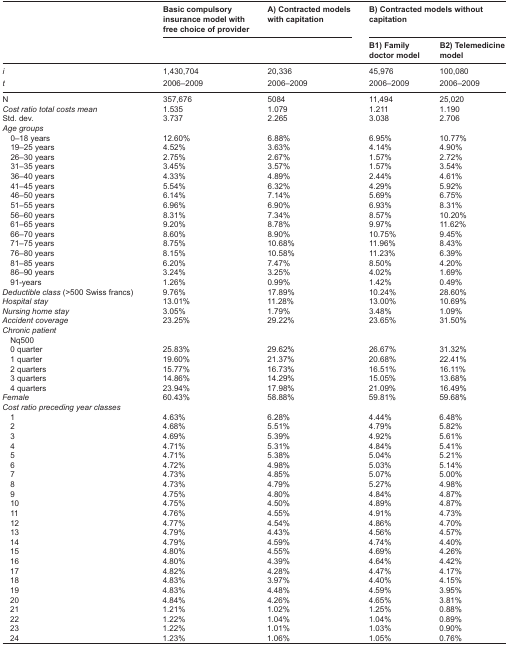
<table><thead><tr><td></td><td><b>Basic compulsory insurance model with free choice of provider</b></td><td><b>A) Contracted models with capitation</b></td><td colspan="2"><b>B) Contracted models without capitation</b></td></tr><tr><td></td><td></td><td></td><td><b>B1) Family doctor model</b></td><td><b>B2) Telemedicine model</b></td></tr></thead><tbody><tr><td><i>i</i></td><td>1,430,704</td><td>20,336</td><td>45,976</td><td>100,080</td></tr><tr><td><i>t</i></td><td>2006–2009</td><td>2006–2009</td><td>2006–2009</td><td>2006–2009</td></tr><tr><td>N</td><td>357,676</td><td>5084</td><td>11,494</td><td>25,020</td></tr><tr><td><i>Cost ratio total costs mean</i></td><td>1.535</td><td>1.079</td><td>1.211</td><td>1.190</td></tr><tr><td>Std. dev.</td><td>3.737</td><td>2.265</td><td>3.038</td><td>2.706</td></tr><tr><td><i>Age groups</i></td><td></td><td></td><td></td><td></td></tr><tr><td> 0–18 years</td><td>12.60%</td><td>6.88%</td><td>6.95%</td><td>10.77%</td></tr><tr><td> 19–25 years</td><td>4.52%</td><td>3.63%</td><td>4.14%</td><td>4.90%</td></tr><tr><td> 26–30 years</td><td>2.75%</td><td>2.67%</td><td>1.57%</td><td>2.72%</td></tr><tr><td> 31–35 years</td><td>3.45%</td><td>3.57%</td><td>1.57%</td><td>3.54%</td></tr><tr><td> 36–40 years</td><td>4.33%</td><td>4.89%</td><td>2.44%</td><td>4.61%</td></tr><tr><td> 41–45 years</td><td>5.54%</td><td>6.32%</td><td>4.29%</td><td>5.92%</td></tr><tr><td> 46–50 years</td><td>6.14%</td><td>7.14%</td><td>5.69%</td><td>6.75%</td></tr><tr><td> 51–55 years</td><td>6.96%</td><td>6.90%</td><td>6.93%</td><td>8.31%</td></tr><tr><td> 56–60 years</td><td>8.31%</td><td>7.34%</td><td>8.57%</td><td>10.20%</td></tr><tr><td> 61–65 years</td><td>9.20%</td><td>8.78%</td><td>9.97%</td><td>11.62%</td></tr><tr><td> 66–70 years</td><td>8.60%</td><td>8.90%</td><td>10.75%</td><td>9.45%</td></tr><tr><td> 71–75 years</td><td>8.75%</td><td>10.68%</td><td>11.96%</td><td>8.43%</td></tr><tr><td> 76–80 years</td><td>8.15%</td><td>10.58%</td><td>11.23%</td><td>6.39%</td></tr><tr><td> 81–85 years</td><td>6.20%</td><td>7.47%</td><td>8.50%</td><td>4.20%</td></tr><tr><td> 86–90 years</td><td>3.24%</td><td>3.25%</td><td>4.02%</td><td>1.69%</td></tr><tr><td> 91-years</td><td>1.26%</td><td>0.99%</td><td>1.42%</td><td>0.49%</td></tr><tr><td><i>Deductible class</i> (&gt;500 Swiss francs)</td><td>9.76%</td><td>17.89%</td><td>10.24%</td><td>28.60%</td></tr><tr><td><i>Hospital stay</i></td><td>13.01%</td><td>11.28%</td><td>13.00%</td><td>10.69%</td></tr><tr><td><i>Nursing home stay</i></td><td>3.05%</td><td>1.79%</td><td>3.48%</td><td>1.09%</td></tr><tr><td><i>Accident coverage</i></td><td>23.25%</td><td>29.22%</td><td>23.65%</td><td>31.50%</td></tr><tr><td><i>Chronic patient</i></td><td></td><td></td><td></td><td></td></tr><tr><td> Nq500</td><td></td><td></td><td></td><td></td></tr><tr><td> 0 quarter</td><td>25.83%</td><td>29.62%</td><td>26.67%</td><td>31.32%</td></tr><tr><td> 1 quarter</td><td>19.60%</td><td>21.37%</td><td>20.68%</td><td>22.41%</td></tr><tr><td> 2 quarters</td><td>15.77%</td><td>16.73%</td><td>16.51%</td><td>16.11%</td></tr><tr><td> 3 quarters</td><td>14.86%</td><td>14.29%</td><td>15.05%</td><td>13.68%</td></tr><tr><td> 4 quarters</td><td>23.94%</td><td>17.98%</td><td>21.09%</td><td>16.49%</td></tr><tr><td><i>Female</i></td><td>60.43%</td><td>58.88%</td><td>59.81%</td><td>59.68%</td></tr><tr><td><i>Cost ratio preceding year classes</i></td><td></td><td></td><td></td><td></td></tr><tr><td> 1</td><td>4.63%</td><td>6.28%</td><td>4.44%</td><td>6.48%</td></tr><tr><td> 2</td><td>4.68%</td><td>5.51%</td><td>4.79%</td><td>5.82%</td></tr><tr><td> 3</td><td>4.69%</td><td>5.39%</td><td>4.92%</td><td>5.61%</td></tr><tr><td> 4</td><td>4.71%</td><td>5.31%</td><td>4.84%</td><td>5.41%</td></tr><tr><td> 5</td><td>4.71%</td><td>5.38%</td><td>5.04%</td><td>5.21%</td></tr><tr><td> 6</td><td>4.72%</td><td>4.98%</td><td>5.03%</td><td>5.14%</td></tr><tr><td> 7</td><td>4.73%</td><td>4.85%</td><td>5.07%</td><td>5.00%</td></tr><tr><td> 8</td><td>4.73%</td><td>4.79%</td><td>5.27%</td><td>4.98%</td></tr><tr><td> 9</td><td>4.75%</td><td>4.80%</td><td>4.84%</td><td>4.87%</td></tr><tr><td> 10</td><td>4.75%</td><td>4.50%</td><td>4.89%</td><td>4.87%</td></tr><tr><td> 11</td><td>4.76%</td><td>4.55%</td><td>4.91%</td><td>4.73%</td></tr><tr><td> 12</td><td>4.77%</td><td>4.54%</td><td>4.86%</td><td>4.70%</td></tr><tr><td> 13</td><td>4.79%</td><td>4.43%</td><td>4.56%</td><td>4.57%</td></tr><tr><td> 14</td><td>4.79%</td><td>4.59%</td><td>4.74%</td><td>4.40%</td></tr><tr><td> 15</td><td>4.80%</td><td>4.55%</td><td>4.69%</td><td>4.26%</td></tr><tr><td> 16</td><td>4.80%</td><td>4.39%</td><td>4.64%</td><td>4.42%</td></tr><tr><td> 17</td><td>4.82%</td><td>4.28%</td><td>4.47%</td><td>4.17%</td></tr><tr><td> 18</td><td>4.83%</td><td>3.97%</td><td>4.40%</td><td>4.15%</td></tr><tr><td> 19</td><td>4.83%</td><td>4.48%</td><td>4.59%</td><td>3.95%</td></tr><tr><td> 20</td><td>4.84%</td><td>4.26%</td><td>4.65%</td><td>3.81%</td></tr><tr><td> 21</td><td>1.21%</td><td>1.02%</td><td>1.25%</td><td>0.88%</td></tr><tr><td> 22</td><td>1.22%</td><td>1.04%</td><td>1.04%</td><td>0.89%</td></tr><tr><td> 23</td><td>1.22%</td><td>1.01%</td><td>1.03%</td><td>0.90%</td></tr><tr><td> 24</td><td>1.23%</td><td>1.06%</td><td>1.05%</td><td>0.76%</td></tr></tbody></table>